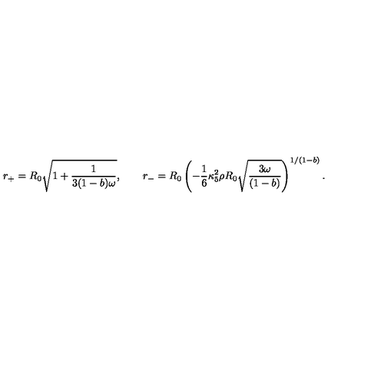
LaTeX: r _ { + } = R _ { 0 } \sqrt { 1 + \frac { 1 } { 3 ( 1 - b ) \omega } } , \qquad r _ { - } = R _ { 0 } \left( - \frac { 1 } { 6 } \kappa _ { 5 } ^ { 2 } \rho R _ { 0 } \sqrt { \frac { 3 \omega } { ( 1 - b ) } } \right) ^ { 1 / ( 1 - b ) } .